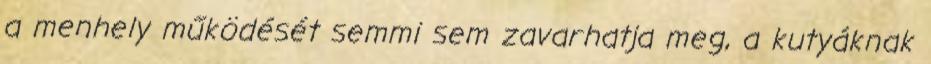
a menhely működését semmi sem zavarhatja meg, a kutyáknak